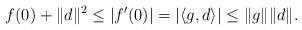
LaTeX: \begin{align*} f(0) + \|d\|^2 \le |f'(0)| = |\langle g, d \rangle| \le \|g\| \|d\|. \end{align*}